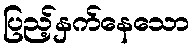
ပြည့်နှက်နေသော